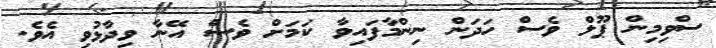
ސްވިމިން ޕޫލް ވެސް ހަދަން ނިންމާފައިވާ ކަމަށް ވެސް އޭނާ ވިދާޅުވި އެވެ.